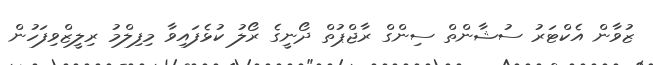
ޒުވާން އެކްޓަރު ސުޝާންތް ސިންގް ރާޖްޕުތް ދޯނީގެ ރޯލު ކުޅެފައިވާ މިފިލްމު ރިލީޒްވިފަހުން